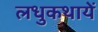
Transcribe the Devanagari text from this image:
लधुकथायें